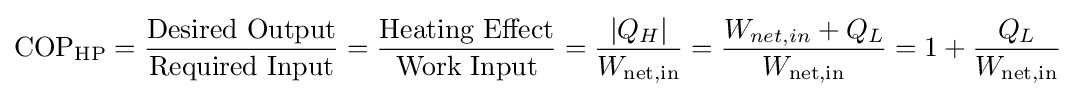
{\rm {COP_{HP}}}={\frac {\text{Desired Output}}{\text{Required Input}}}={\frac {\text{Heating Effect}}{\text{Work Input}}}={\frac {|Q_{H}|}{W_{\text{net,in}}}}={\frac {W_{net,in}+Q_{L}}{W_{\text{net,in}}}}=1+{\frac {Q_{L}}{W_{\text{net,in}}}}